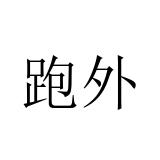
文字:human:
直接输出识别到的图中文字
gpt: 跑外